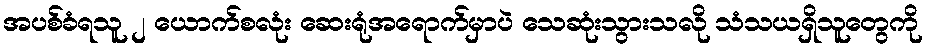
အပစ်ခံရသူ ၂ ယောက်စလုံး ဆေးရုံအရောက်မှာပဲ သေဆုံးသွားသလို သံသယရှိသူတွေကို